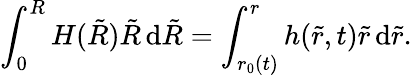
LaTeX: \int_{0}^{R}H(\tilde{R})\tilde{R}\, \mathrm{d}\tilde{R}=\int_{r_{0}(t)}^{r}h(\tilde{r},t)\tilde{r}\, \mathrm{d}\tilde{r}.